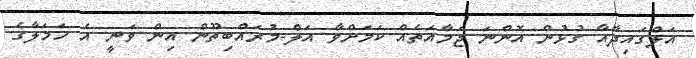
އަލްގައިދާއާ ގުޅުން އޮންނަ ޖަމާއަތެއް ކަމަށްވާ އަލް-މުރައްބިތޫން އިން ވަނީ އެ ހަމަލާގެ